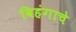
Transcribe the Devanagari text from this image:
विहंगाचे